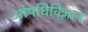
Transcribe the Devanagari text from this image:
ओषधिविज्ञान